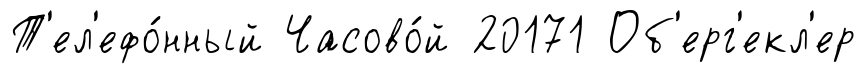
Т'ел'ефо́нный Часово́й 20171 Об'ерг'екл'ер